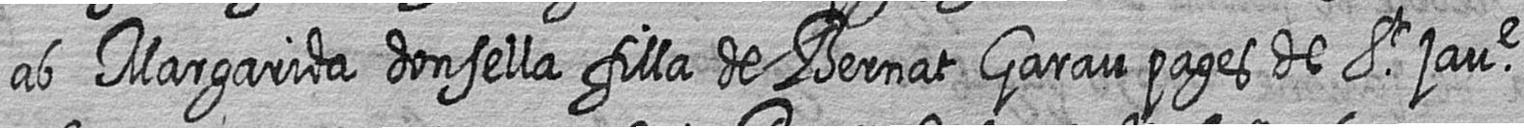
ab Margarida donsella filla de Bernat Garau pages de St jaue